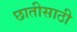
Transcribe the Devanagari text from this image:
छातीसाठी